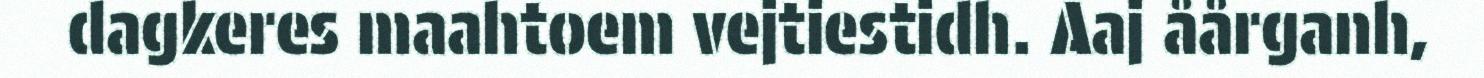
dagkeres maahtoem vejtiestidh. Aaj åårganh,